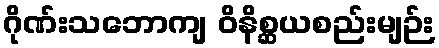
ဂိုဏ်းသဘောကျ ဝိနိစ္ဆယစည်းမျဉ်း